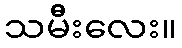
သမီးလေး။